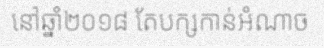
នៅឆ្នាំ២០១៨ តែបក្សកាន់អំណាច